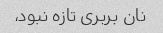
نان بربری تازه نبود،